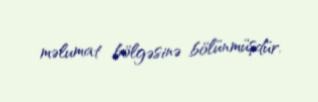
məlumat bölgəsinə bölünmüşdür.